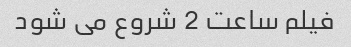
فیلم ساعت 2 شروع می شود